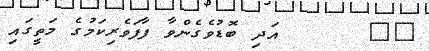
٤٦      އަދި ބޮޑުވެގެންވާ ފާފަވެރިކަމުގެ މަތީގައި